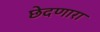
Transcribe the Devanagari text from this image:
छेदणारा